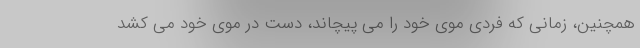
همچنین، زمانی که فردی موی خود را می پیچاند، دست در موی خود می کشد